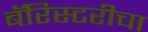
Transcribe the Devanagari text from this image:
बॅरिस्टरीचा